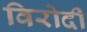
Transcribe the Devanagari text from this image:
विरोदी